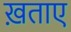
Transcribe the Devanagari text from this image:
ख़ताए